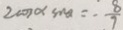
2 \cos \alpha \sin \alpha = - \frac { 8 } { 7 }